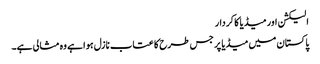
الیکشن اور میڈیا کا کردار
پاکستان میں میڈیا پر جس طرح کا عتاب نازل ہوا ہے وہ مثالی ہے۔